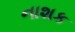
નાશક